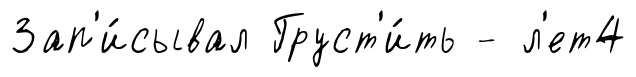
Зап'и́сывал Груст'и́ть - л'ет4